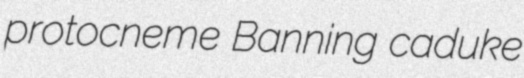
protocneme Banning caduke